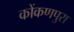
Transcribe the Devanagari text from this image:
कोंकणपुरा